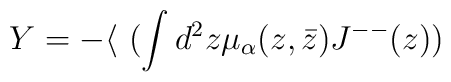
Y=-\langle ~(\int d^2 z \mu_{\alpha}(z,\bar z) J^{--}(z))